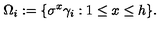
\Omega _ { i } : = \{ \sigma ^ { x } \gamma _ { i } : 1 \leq x \leq h \} .